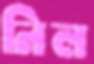
নিল